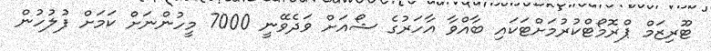
ޓޫރިޒަމް ޕްރޮމޯޓްކުރުމަށްޓަކައި ބާއްވާ އާހަރުގެ ޝޯއަށް ވަދެވޭނީ 7000 މީހުންނަށް ކަމަށް ފުލުހުން